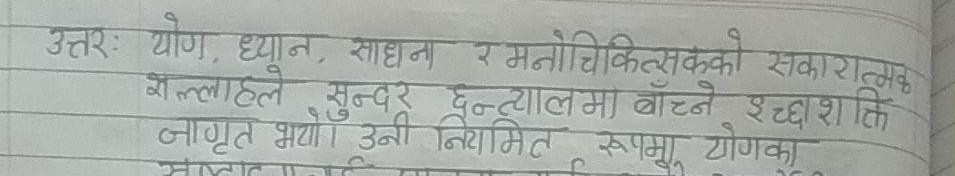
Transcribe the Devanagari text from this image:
उत्तर: योग, ध्यान, साधना र मनोचिकित्सकको सकारात्मक सल्लाहले सुन्दर दुनियाँमा बाँच्ने इच्छाशक्ति जागृत भयो। उनी नियमित रुपमा योगका